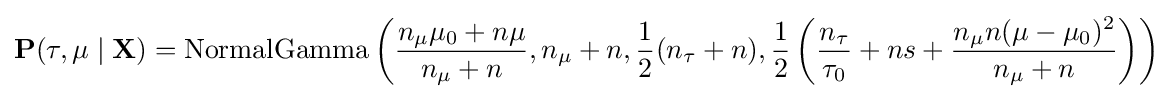
\mathbf {P} (\tau ,\mu \mid \mathbf {X} )={\text{NormalGamma}}\left({\frac {n_{\mu }\mu _{0}+n\mu }{n_{\mu }+n}},n_{\mu }+n,{\frac {1}{2}}(n_{\tau }+n),{\frac {1}{2}}\left({\frac {n_{\tau }}{\tau _{0}}}+ns+{\frac {n_{\mu }n(\mu -\mu _{0})^{2}}{n_{\mu }+n}}\right)\right)